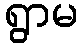
ရွာမ